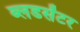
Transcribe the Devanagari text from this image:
ब्लडसेंटर